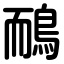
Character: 鴯